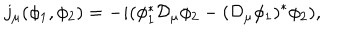
j _ { \mu } ( \phi _ { 1 } , \phi _ { 2 } ) = - i ( \phi _ { 1 } ^ { * } { \cal D } _ { \mu } \phi _ { 2 } - ( { \cal D } _ { \mu } \phi _ { 1 } ) ^ { * } \phi _ { 2 } ) ,